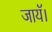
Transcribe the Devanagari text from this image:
जायॅ।